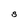
Character: S